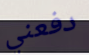
دفعني